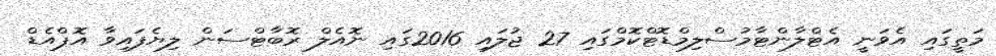
މަތީގައި އެވަނީ އެޓްލާންޓާމުސްލިމްޑޮޓްކޮމްގައި 27 ޖުލައި 2016ގައި ނޮއެލް ރޮބާޓްސަން ލިޔެފައިވާ އޮޕްއެޑް